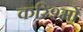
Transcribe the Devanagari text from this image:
करिश्मों